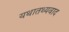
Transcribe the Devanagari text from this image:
यथातथ्यवाद